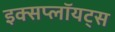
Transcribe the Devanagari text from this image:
इक्सप्लॉयट्स